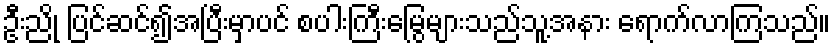
ဦးညို ပြင်ဆင်၍အပြီးမှာပင် စပါးကြီးမြွေများသည်သူ့အနား ရောက်လာကြသည်။